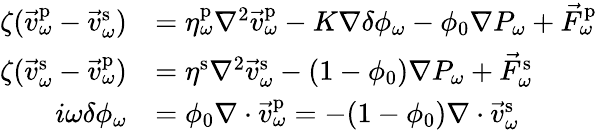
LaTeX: \begin{array}{rl}{\zeta(\vec{v}_{\omega}^{\mathrm{p}}-\vec{v}_{\omega}^{\mathrm{s}})}&{=\eta_{\omega}^{\mathrm{p}}\nabla^{2}\vec{v}_{\omega}^{\mathrm{p}}-K\nabla\delta\phi_{\omega}-\phi_{0}\nabla P_{\omega}+\vec{F}_{\omega}^{\mathrm{p}}}\\ {\zeta(\vec{v}_{\omega}^{\mathrm{s}}-\vec{v}_{\omega}^{\mathrm{p}})}&{=\eta^{\mathrm{s}}\nabla^{2}\vec{v}_{\omega}^{\mathrm{s}}-(1-\phi_{0})\nabla P_{\omega}+\vec{F}_{\omega}^{\mathrm{s}}}\\ {i\omega\delta\phi_{\omega}}&{=\phi_{0}\nabla\cdot\vec{v}_{\omega}^{\mathrm{p}}=-(1-\phi_{0})\nabla\cdot\vec{v}_{\omega}^{\mathrm{s}}}\end{array}